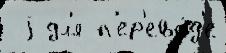
 j дл'я п'ер'ево́д'е